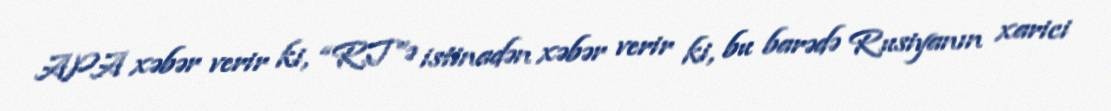
APA xəbər verir ki, “RT”ə istinadən xəbər verir ki, bu barədə Rusiyanın xarici